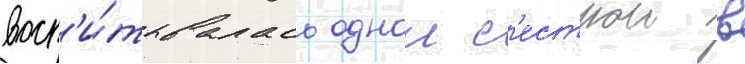
восп'и́тывалась однои с'естрои в